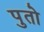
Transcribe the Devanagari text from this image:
पुतो